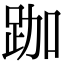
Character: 跏